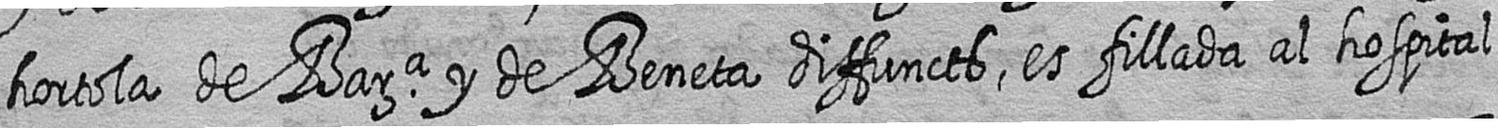
hortola de Bara y de Beneta diffuncts es fillada al hospital